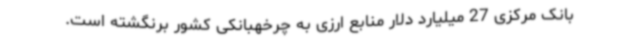
بانک مرکزی 27 میلیارد دلار منابع ارزی به چرخهبانکی کشور برنگشته‌ است.